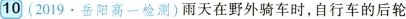
10(2019·岳阳高一检测)雨天在野外骑车时，自行车的后轮